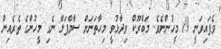
ވެފައިވަނީ 19 މީހުންނެވެ. މަބްރޫކް ވިދާޅުވީ މިހާތަނަށް ސާމްޕަލް ނެގި މީހުންގެ ތެރެއިން